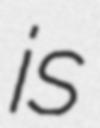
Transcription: is